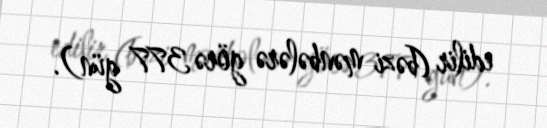
edilir (bəzi mənbələrə görə 377 gün).